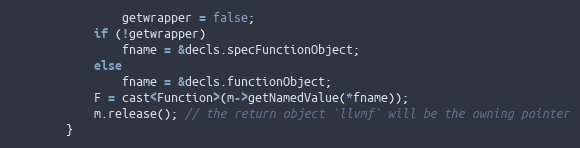
Language: C++
                getwrapper = false;
            if (!getwrapper)
                fname = &decls.specFunctionObject;
            else
                fname = &decls.functionObject;
            F = cast<Function>(m->getNamedValue(*fname));
            m.release(); // the return object `llvmf` will be the owning pointer
        }